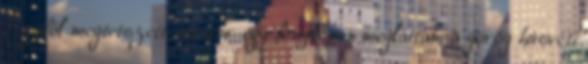
Egyből megtetszett, amikor egy fényképen megláttam a görög húsvéti